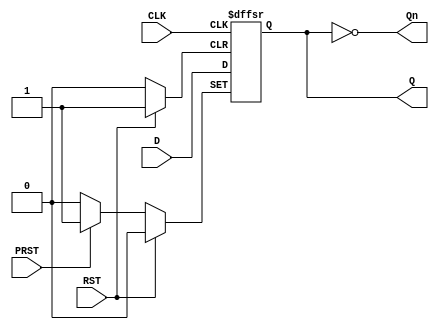
module d_ff (
    output reg Q, Qn,
    input wire D, CLK, RST, PRST
);

    assign Qn = ~Q;
    
    always @(posedge CLK or posedge RST or posedge PRST) begin
        if( RST ) begin
            Q  <= 0;    // Reset
        end else if ( PRST ) begin 
            Q  <= 1;    // Preset
        end else begin
            Q  <= D;    // Set
        end
    end 

endmodule